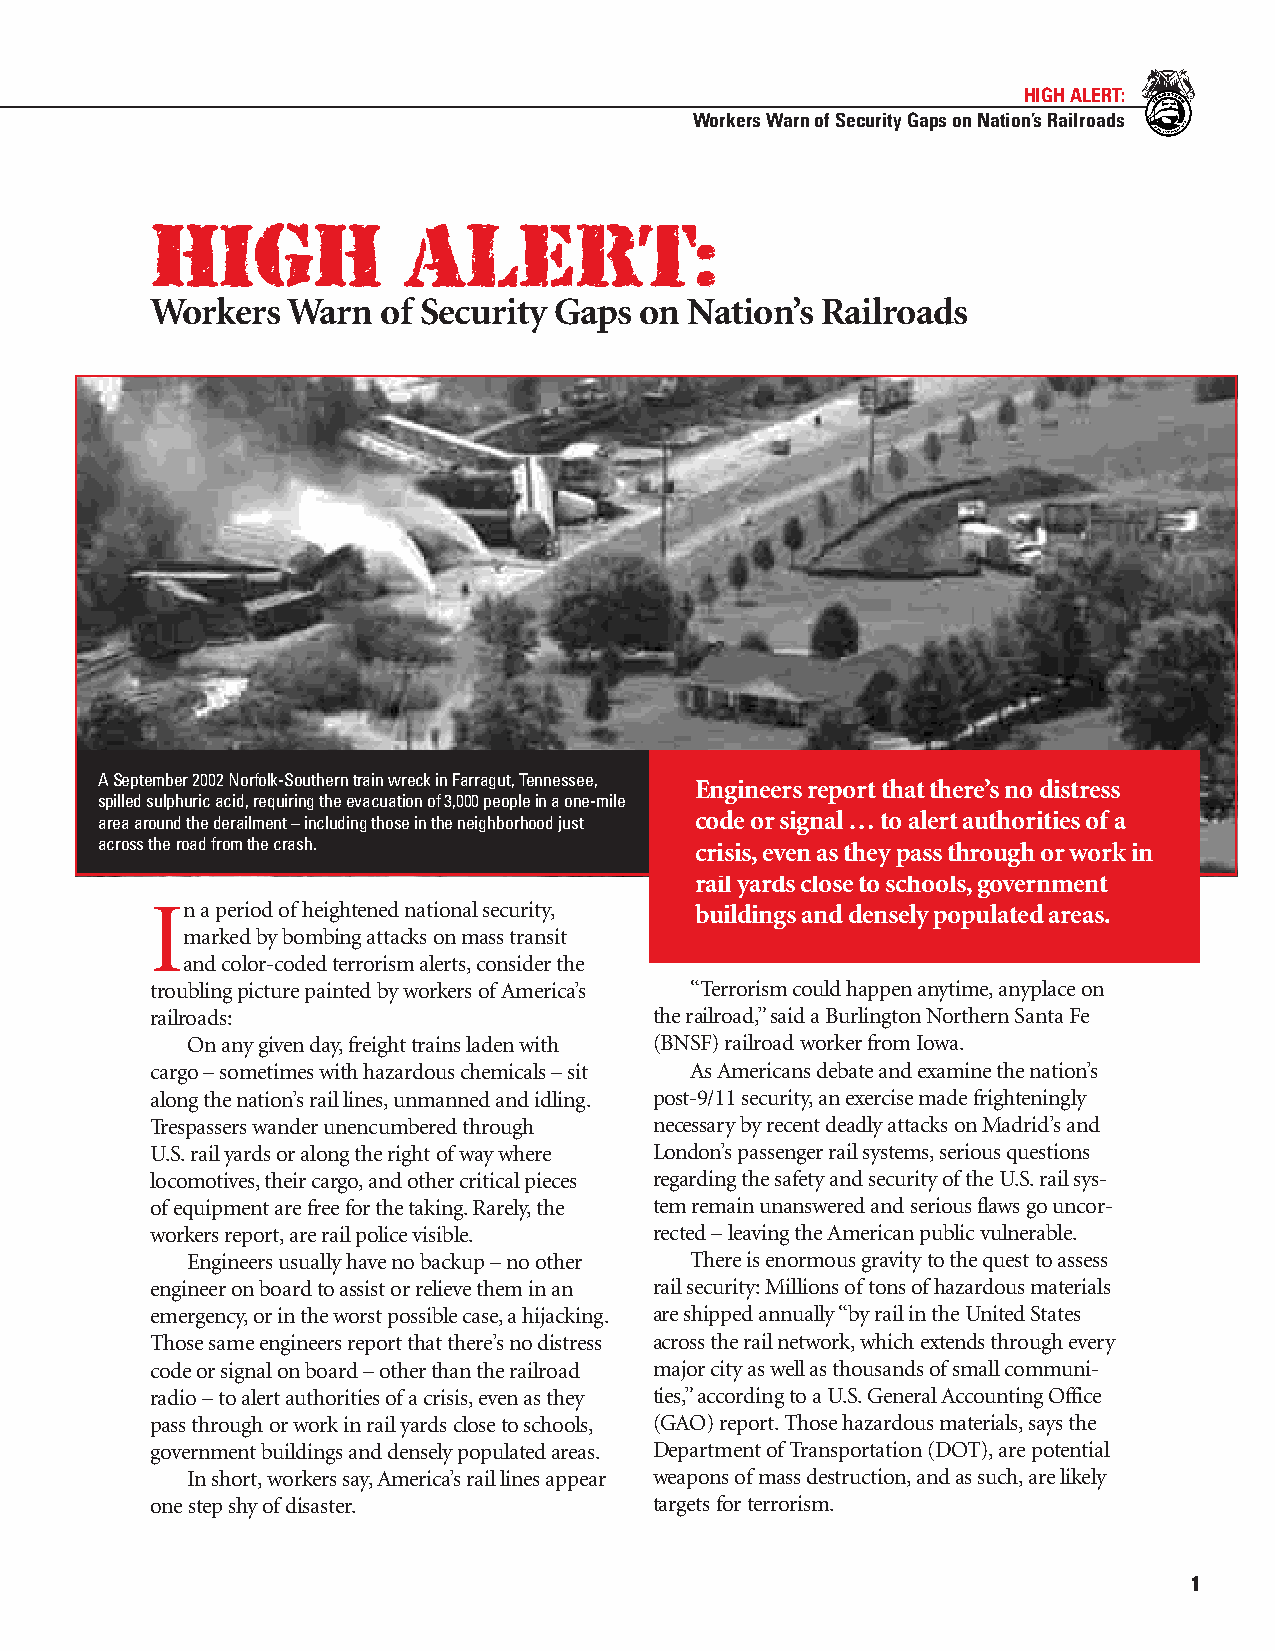
HIGH ALERT:
 Workers Warn of Security Gaps on Nation’s Railroads
 HIGH             ALERT:
 Workers  Warn  of Security Gaps on  Nation’s Railroads
 ASeptember 2002 Norfolk-Southerntrain wreck in Farragut, Tennessee, Engineers report that there’s no distress
 spilled sulphuric acid, requiring the evacuation of 3,000 people in a one-mile
 area around the derailment – including those in the neighborhood just code or signal … to alert authorities ofa
 across the road from the crash.         crisis,evenas theypass through or work in
 rail yards close to schools,government
 Inaperiodofheightened national security, buildings and densely populated areas.
 markedbybombing attacks on mass transit
 and color-coded terrorism alerts,consider the
 troubling picture painted by workers ofAmerica’s “Terrorism could happen anytime,anyplace on
 railroads:                       the railroad,”said a Burlington Northern Santa Fe
 On anygiven day,freight trains laden with (BNSF) railroad worker from Iowa.
 cargo – sometimes with hazardous chemicals – sit As Americans debate and examine the nation’s
 along the nation’s rail lines,unmanned and idling. post-9/11 security,an exercise made frighteningly
 Trespassers wander unencumbered through necessary by recent deadly attacks on Madrid’s and
 U.S.rail yards or along the right ofway where London’s passenger rail systems,serious questions
 locomotives,their cargo,and other critical pieces regarding the safety and security ofthe U.S.rail sys-
 ofequipment are free for the taking.Rarely,the tem remain unanswered and serious flaws go uncor-
 workers report,are rail police visible. rected – leaving the American public vulnerable.
 Engineers usually have no backup – no other There is enormous gravity to the quest to assess
 engineeron board to assist or relieve them in an rail security:Millions oftons ofhazardous materials
 emergency,or in the worst possible case,a hijacking. are shipped annually “by rail in the United States
 Those same engineers report that there’s no distress across the rail network,which extends through every
 code or signal on board – other than the railroad major city as well as thousands ofsmall communi-
 radio – to alert authorities ofa crisis,even as they ties,”according to a U.S.General Accounting Office
 pass through or work in rail yards close to schools, (GAO) report.Those hazardous materials,says the
 government buildings and densely populated areas. Department ofTransportation (DOT),are potential
 In short,workers say,America’s rail lines appear weapons ofmass destruction,and as such,are likely
 one step shy ofdisaster.         targets for terrorism.
 1